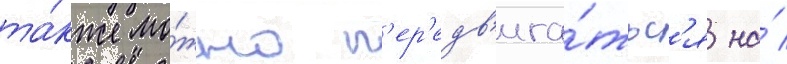
та́кже мо́жно п'ер'едв'ига́тьс'я на́